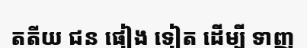
តតីយ ជន ផៀង ទៀត ដើម្បី ទាញ